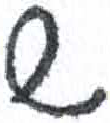
אות: ש